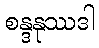
စန္ဒနုဿဒါ